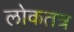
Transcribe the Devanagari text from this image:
लोकतत्र